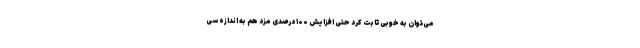
می‌توان به خوبی ثابت کرد حتی افزایش ۱۰۰ درصدی مزد هم به اندازه سی